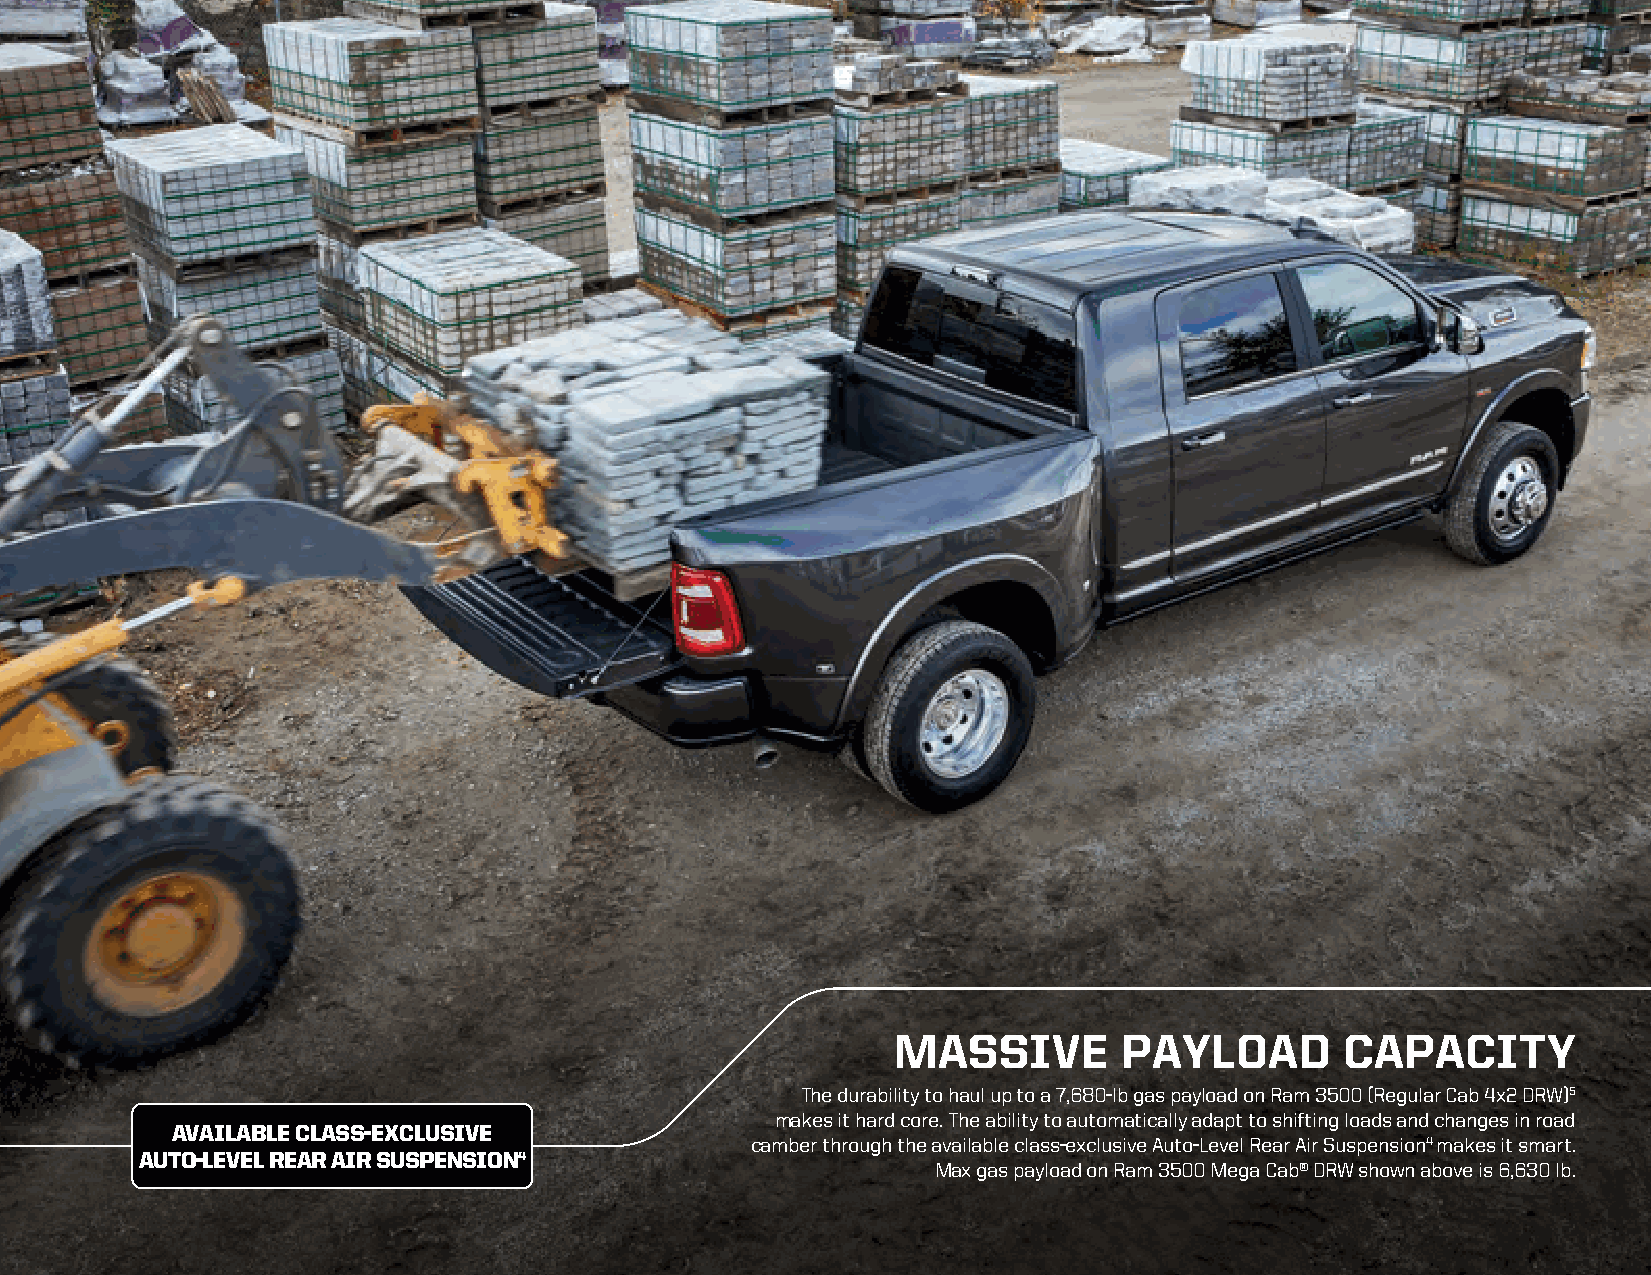
MASSIVE        PAYLOAD        CAPACITY
 The durability to haul up to a 7,680-lb gas payload on Ram 3500 (Regular Cab 4x2 DRW)5
 makes it hard core. The ability to automatically adapt to shifting loads and changes in road
 AVAILABLE CLASS-EXCLUSIVE
 camber through the available class-exclusive Auto-Level Rear Air Suspension4 makes it smart.
 AUTO-LEVEL REAR AIR SUSPENSION4
 Max gas payload on Ram 3500 Mega Cab® DRW shown above is 6,630 lb.